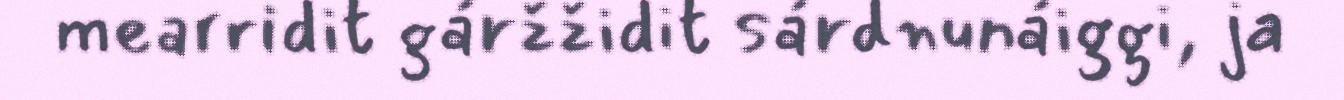
mearridit gáržžidit sárdnunáiggi, ja